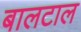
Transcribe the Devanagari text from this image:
बालटाल